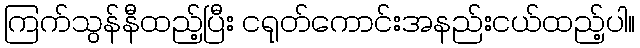
ကြက်သွန်နီထည့်ပြီး ငရုတ်ကောင်းအနည်းငယ်ထည့်ပါ။